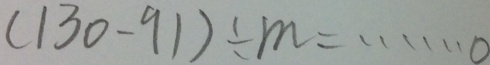
( 1 3 0 - 9 1 ) \div m = \cdots 0